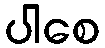
ပါစေ